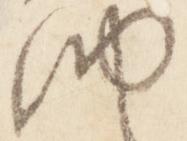
納